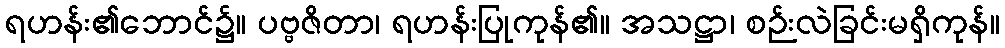
ရဟန်း၏ဘောင်၌။ ပဗ္ဗဇိတာ၊ ရဟန်းပြုကုန်၏။ အသဋ္ဌာ၊ စဉ်းလဲခြင်းမရှိကုန်။